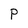
Character: P